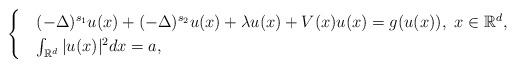
LaTeX: \begin{align*}\begin{cases}&(-\Delta)^{s_1}u(x)+(-\Delta)^{s_2}u(x)+\lambda u(x)+V(x)u(x)=g(u(x)),\ x\in \mathbb{R}^{d},\\&\int_{\mathbb{R}^d} |u(x)|^2dx=a,\end{cases}\end{align*}